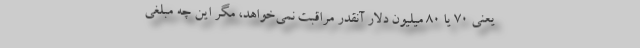
یعنی 70 یا 80 میلیون دلار آنقدر مراقبت نمی‌خواهد، مگر این چه مبلغی